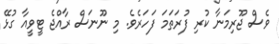
ވެސް ޖޫރިމަނާ ކުރި ފުރަތަމަ ފަހަރެވެ. މި ނޫނަސް ރާއްޖެ ޓީވީއާ ގުޅޭ